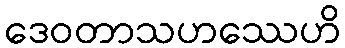
ဒေဝတာသဟဿေဟိ